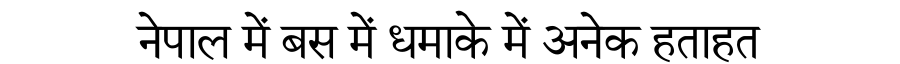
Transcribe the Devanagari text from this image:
नेपाल में बस में धमाके में अनेक हताहत